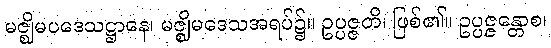
မဇ္ဈိမပဒေသဋ္ဌာနေ၊ မဇ္ဈိမဒေသအရပ်၌။ ဥပ္ပဇ္ဇတိ၊ ဖြစ်၏။ ဥပ္ပဇ္ဇန္တောစ၊